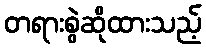
တရားစွဲဆိုထားသည့်